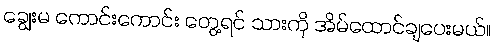
ချွေးမ ကောင်းကောင်း တွေ့ရင် သားကို အိမ်ထောင်ချပေးမယ်။